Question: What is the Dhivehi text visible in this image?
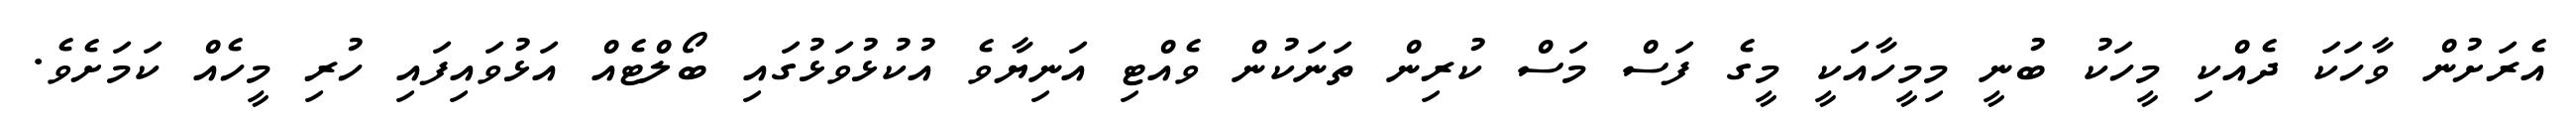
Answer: އެރަށުން ވާހަކަ ދެއްކި މީހަކު ބުނީ މިމީހާއަކީ މީގެ ފަސް މަސް ކުރިން ތަނަކުން ވެއްޓި އަނިޔާވެ އުކުޅުވަޅުގައި ބޯލްޓެއް އަޅުވައިފައި ހުރި މީހެއް ކަމަށެވެ.